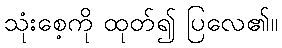
သုံးစေ့ကို ထုတ်၍ ပြလေ၏။